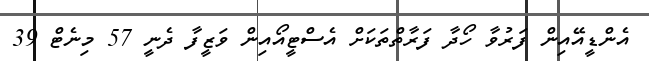
އެންޑީއޭއިން ފަރުވާ ހޯދާ ފަރާތްތަކަށް އެސްޓީއޯއިން ވަޒީފާ ދެނީ 57 މިނެޓް 39